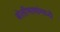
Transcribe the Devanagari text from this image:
बोलीभाषांमध्ये